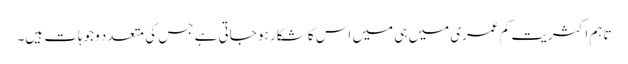
تاہم اکثریت کم عمری میں ہی میں اس کا شکار ہو جاتی ہے جس کی متعدد وجوہات ہیں۔